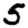
Digit: 5